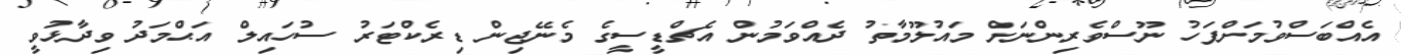
އެއްބަސްވުމަށްފަހު ނޫސްވެރިންނަށް މައުލޫމާތު ދެއްވަމުން އެޗްޑީސީގެ މެނޭޖިން ޑިރެކްޓަރު ސުހައިލް އަޙްމަދު ވިދާޅުވީ